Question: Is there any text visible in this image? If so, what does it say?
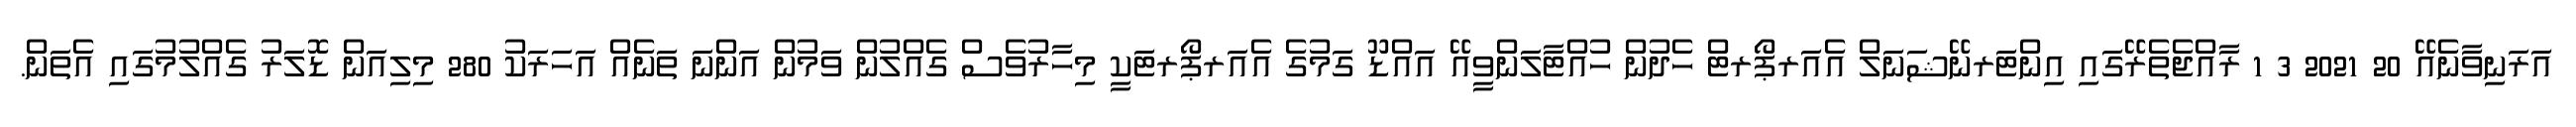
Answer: އަރަނިވާނެއޭ 20 2021 3 1 ރާއްޖެތެރޭގައި އިންޓަރނޭޝަނަލް އެއަރޕޯރޓް ހެދުން ހުއްޓާލަންވީއޭ އައްޑޫ ގަމުގެ އެއަރޕޯރޓަކީ މިހާރުވެސް ގެއްލުން ވަމުން އަންނަ ތަނެއް އަހަރަކު 280 މިލިއަން ޑޮލަރު ގެއްލުމުގައި އެތަން.